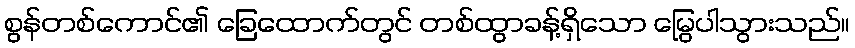
စွန်တစ်ကောင်၏ ခြေထောက်တွင် တစ်ထွာခန့်ရှိသော မြွေပါသွားသည်။